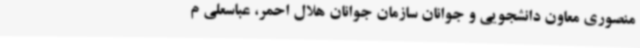
منصوری معاون دانشجویی و جوانان سازمان جوانان هلال احمر، عباسعلی م